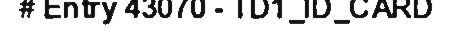
# Entry 43070 - TD1_ID_CARD